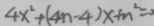
4 x ^ { 2 } + ( 4 n - 4 ) x + n ^ { 2 } = 0